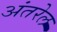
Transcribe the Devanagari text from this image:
अंतरेल